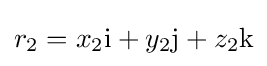
r_{2}=x_{2}\mathrm {i} +y_{2}\mathrm {j} +z_{2}\mathrm {k}